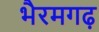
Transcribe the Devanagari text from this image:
भैरमगढ़